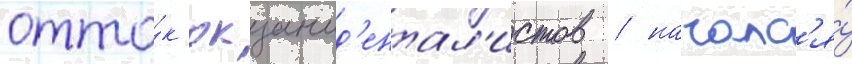
отто́к окцид'ентал'истов / началс'я́